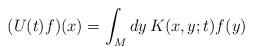
LaTeX: \begin{align*}( U(t) f ) (x) = \int_M dy \, K(x,y;t) f(y)\end{align*}